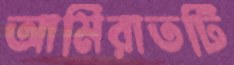
আমিরাতটি